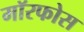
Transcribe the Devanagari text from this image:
मॉरफोस